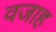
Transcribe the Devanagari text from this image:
वजाह